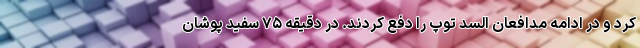
کرد و در ادامه مدافعان السد توپ را دفع کردند. در دقیقه ۷۵ سفید پوشان